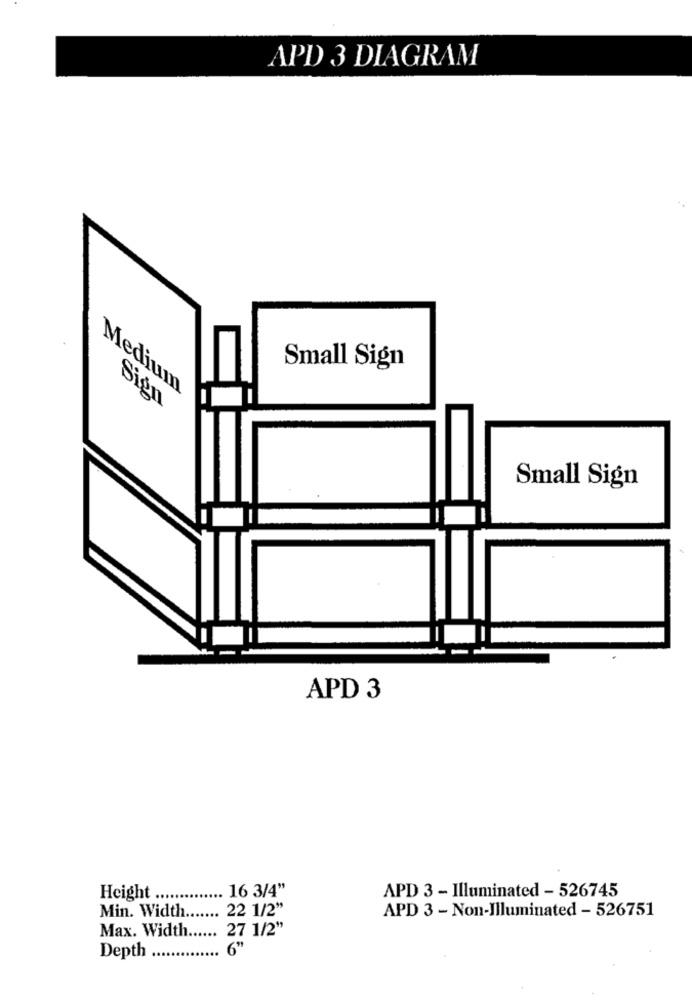
APD 3 DIAGRAM
Small Sign
Medium
Sign
Small Sign
APD 3
16 3/4"
Height ...
APD 3 - Illuminated - 526745
Min. Width
22 1/2"
APD 3 - Non-Illuminated - 526751
Max. Width.
27 1/2"
Depth
6"